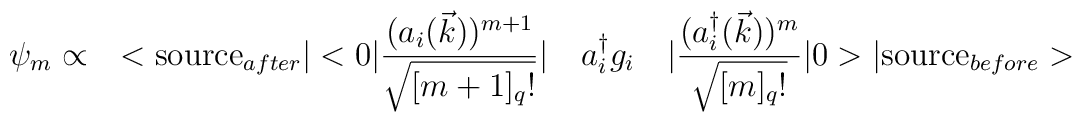
{\psi}_m \propto\quad < \mbox{source}_{after}\vert<0\vert \frac{(a_i(\vec{k}))^{m+1}}{\sqrt{[m+1]_q!}}\vert \quad a^{\dagger}_i g_i \quad \vert\frac{(a^{\dagger}_i(\vec{k}))^m}{\sqrt{[m]_q!}}\vert 0>\vert \mbox{source}_{before}>